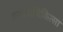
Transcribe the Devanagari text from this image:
प्रकाशचिकित्सा